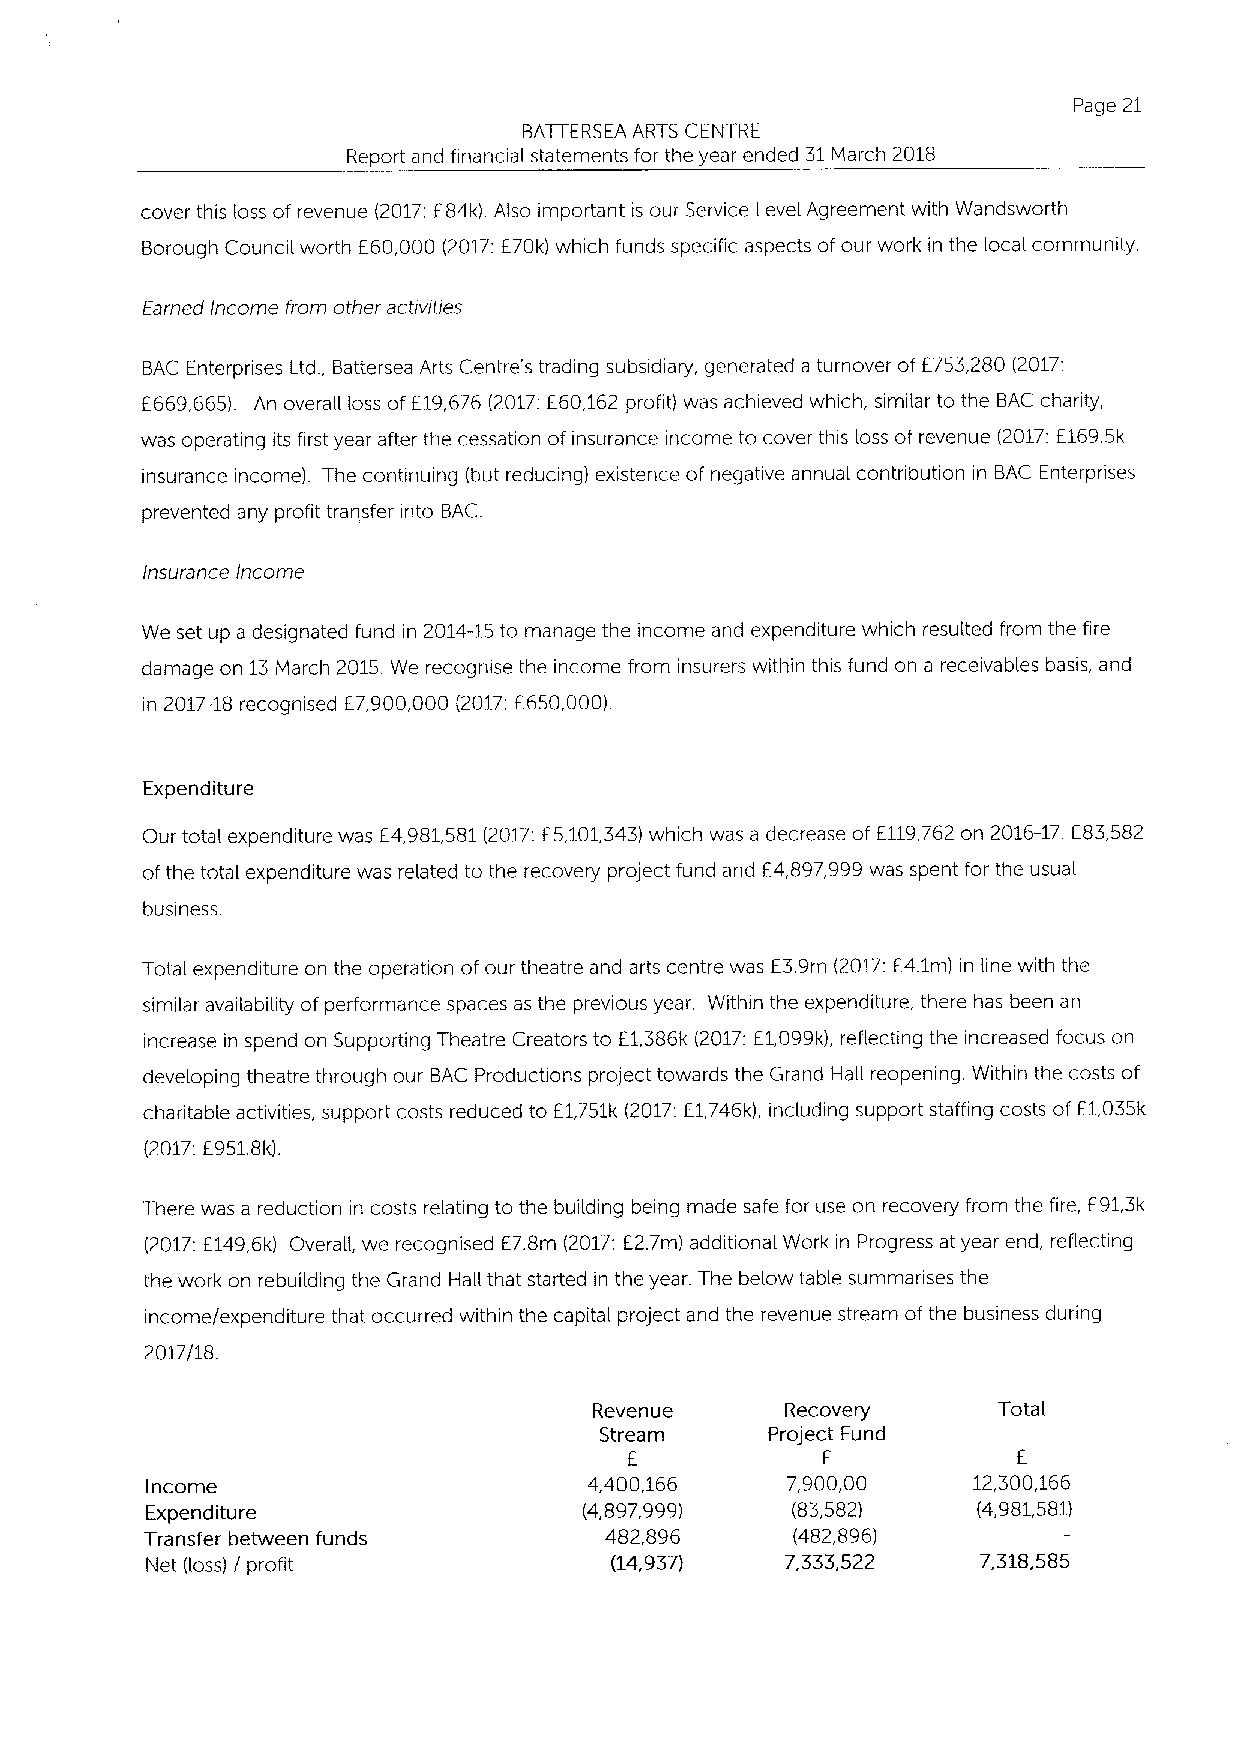
Page 21
 BATTERSEA ARTS CENTRE
 Report and financial statements for the year ended 31March 2018
 cover this loss of revenue (2017;F84k). Also important is our Service Level Agreement with Wandsworth
 Borough Council worth E60,000 (2017:E70k) which funds specific aspects ofour work in the local community.
 Earned Income from other activities
 BAC Enterprises Ltd., Battersea Arts Centre's trading subsidiary, generated a turnover of F753,280 (2017:
 F669,665). An overall loss ofE19,676 (2017.E60,162 profit) was achieved which, similar to the BAC charity,
 was operating its first year after the cessation of insurance income to cover this loss of revenue (2017:F169.5k
 insurance income). The continuing (but reducing) existence of negative annual contribution in BAC Enterprises
 prevented any profit transfer into BAC.
 Insurance Income
 We set up a designated fund in 2014-15to manage the income and expenditure which resulted from the fire
 damage on 13March 2015.We recognise the income from insurers within this fund on a receivables basis, and
 in 2017-18recognised E7,900,000 (2017:F650,000).
 Expenditure
 Our total expenditure was E4,981,581(2017:E5,101,343)which was a decrease of F119,762 on 2016-17.E83,582
 ofthe total expenditure was related to the recovery project fund and E4,897,999was spent for the usual
 business.
 Total expenditure on the operation ofour theatre and arts centre was E3.9m (2017;E4.1m) in line with the
 similar availability ofperformance spaces as the previous year. Within the expenditure, there has been an
 increase in spend on Supporting Theatre Creators to E1,386k (2017:E1,099k), reflecting the increased focus on
 developing theatre through our BAC Productions project towards the Grand Hall reopening. Within the costs of
 charitable activities, support costs reduced to E1,751k (2017:E1,746k), including support staffing costs of E1,035k
 (2017:E951.8
 I&).
 There was a reduction in costs relating to the building being made safe for use on recovery from the fire, F91,3k
 (2017:E149,6k) Overall, we recognised F7.8m (2017:E2.7m) additional Work in Progress at year end, reflecting
 the work on rebuilding the Grand Hall that started in the year. The below table summarises the
 income/expenditure that occurred within the capital project and the revenue stream of the business during
 2017/18.
 Revenue      Recovery      Total
 Stream     Project Fund
 E            E            F
 Income                       4,400,166    7,900,00    12,300,166
 Expenditure                  (4,897,999)  (83,582)     (4,981,581)
 Transfer between funds        482,896     (482,896)
 Net (loss) / profit           (14,937)    7,333,522    7,318,585